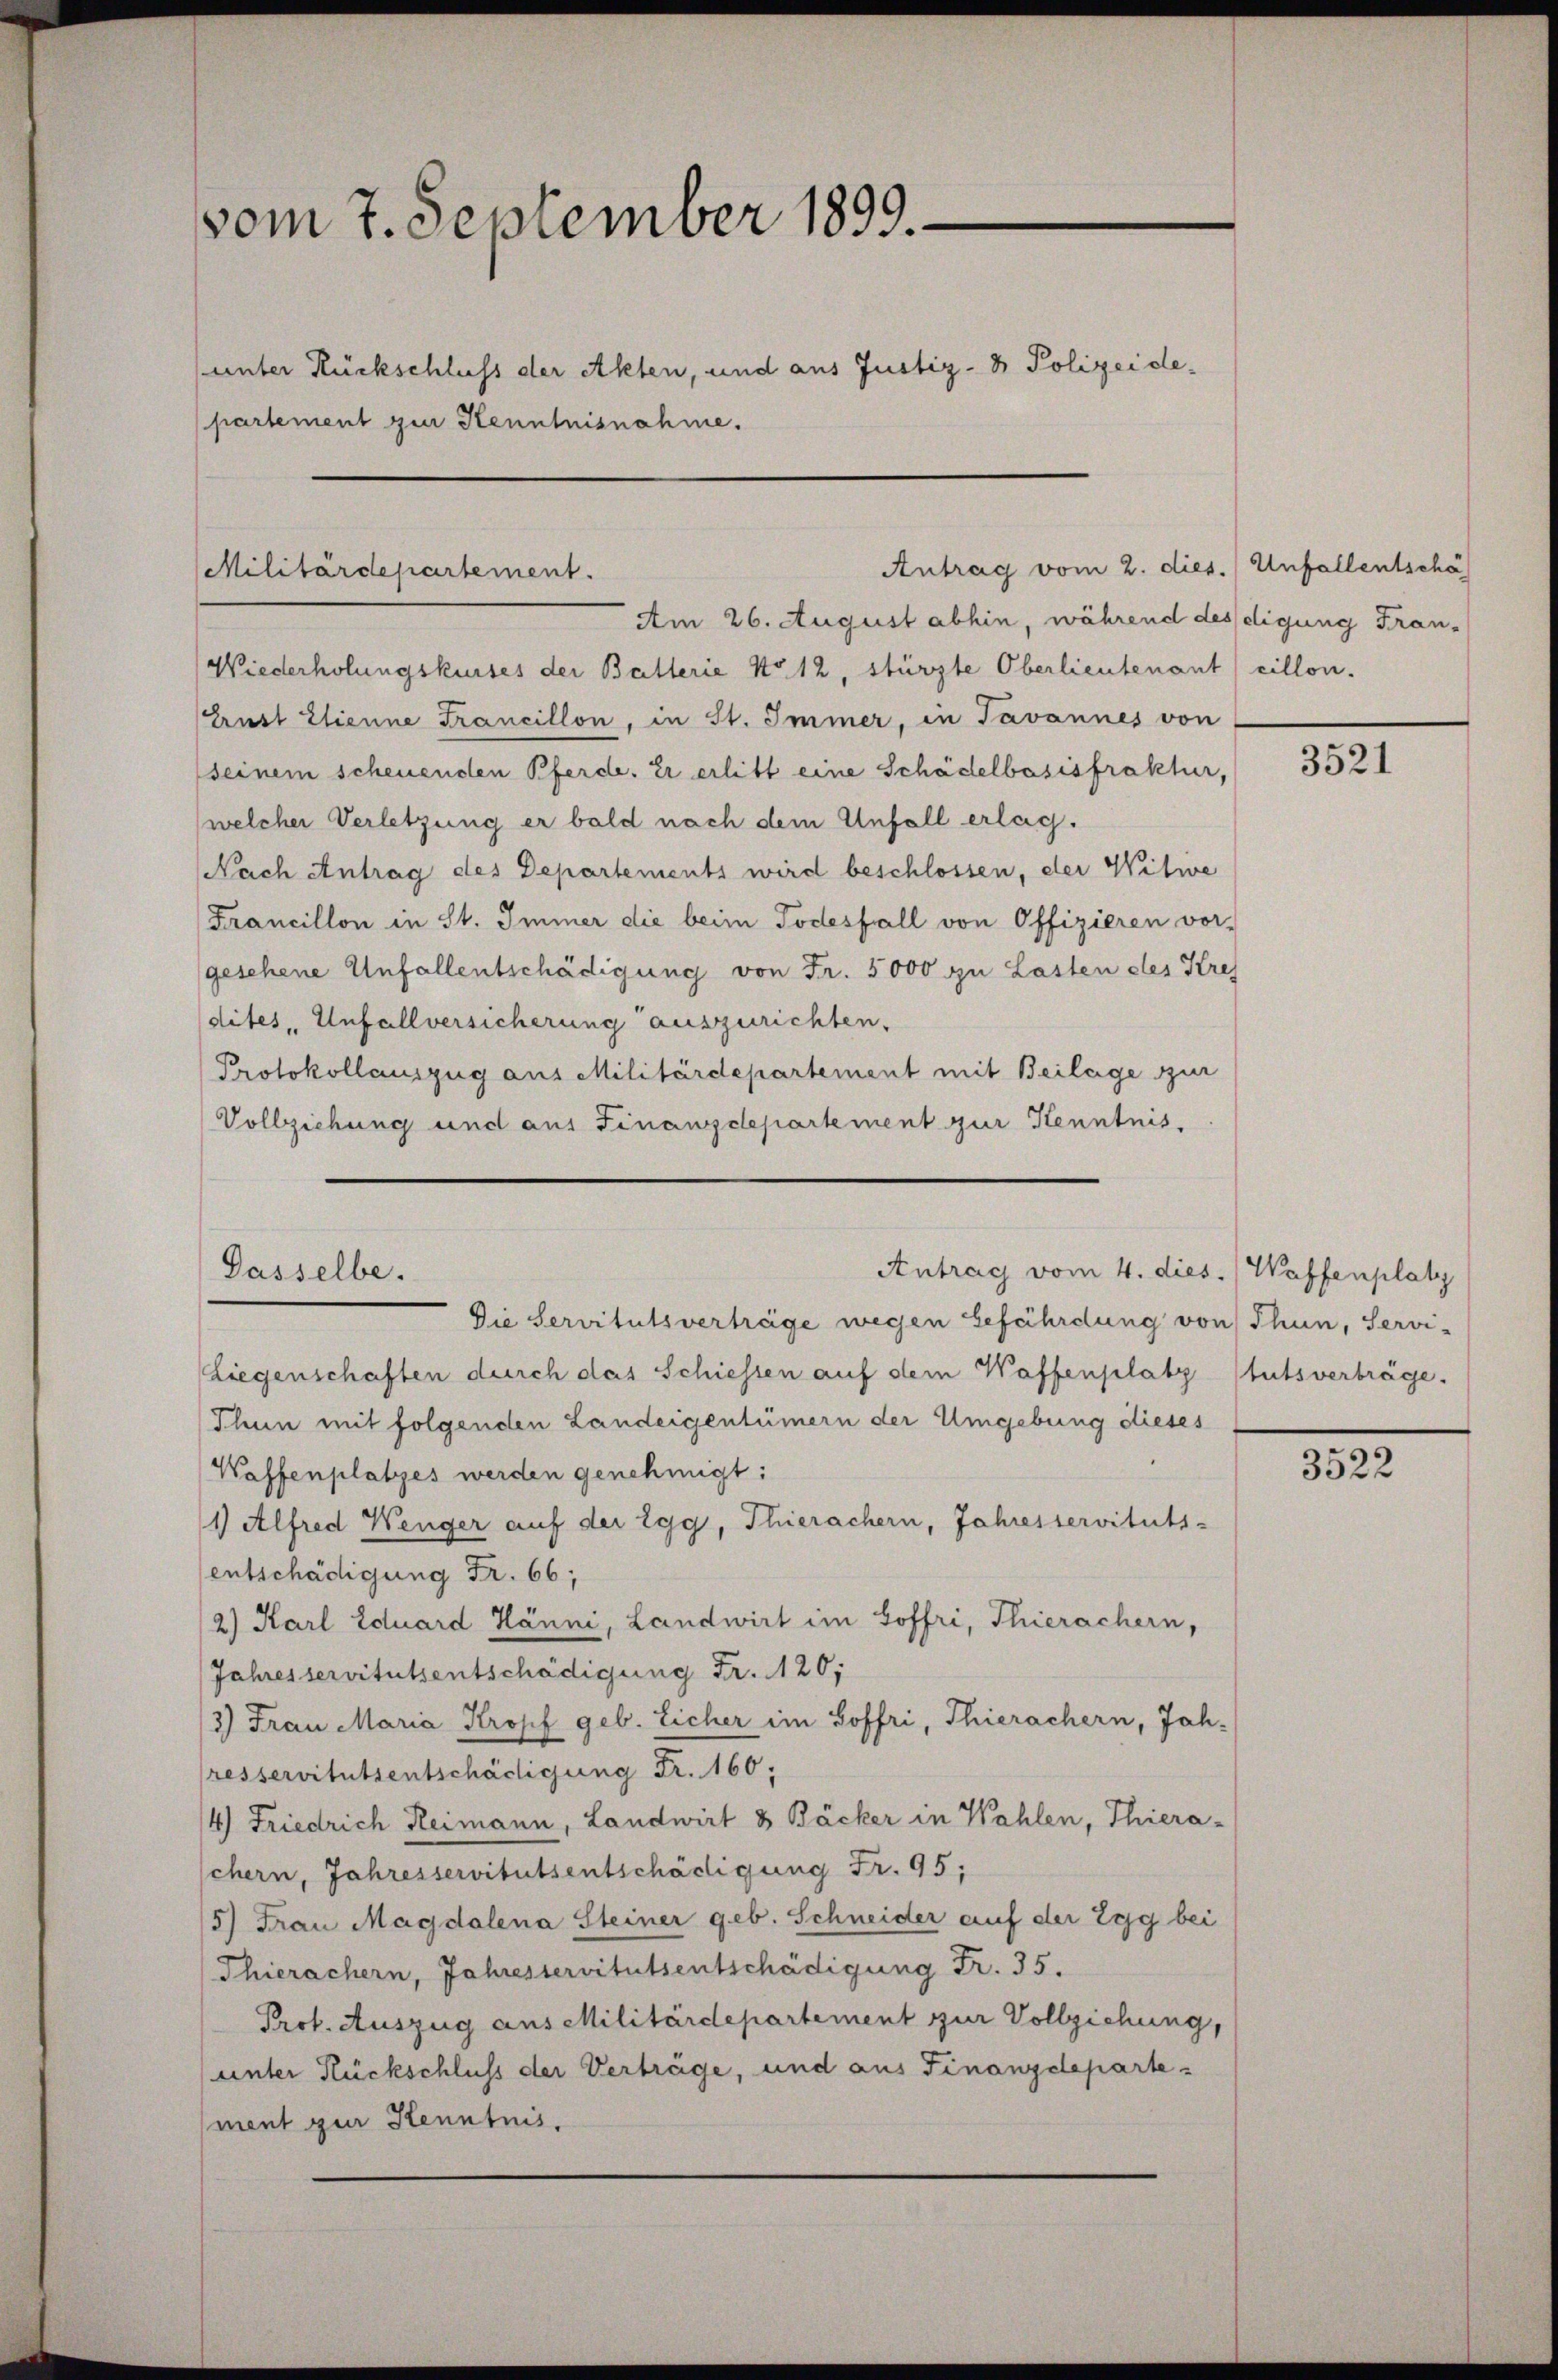
vom 7. September 1899.
unter Rückschluss der Akten, und aus Justiz- & Polizeidepartement zur Kenntnisnahme.

Militärdepartement.

Antrag vom 2. dies. Unfallentschä

Am 26. August abhin, während des digung Fran-
Wiederholungskurses der Batterie No 12, stürzte Oberlieutenant cillon.
Zeit Elienne Francillon, in St. Immer, in Javannes von
seinem scheuenden Pferde. Er erlitt eine Schädelbosisfraktur,
(welcher Verletzung er bald nach dem Unfall erlag.
Nach Antrag des Departements wird beschlossen, der Witwe
Francillon in St. Immer die beim Todesfall von Offizieren vor-
gesehene Unfallentschädigung von Fr. 5000 zu Lasten des Kres
dites, Unfallversicherung auszurichten.
Protokollauszug aus Militärdepartement mit Beilage zur
Vollziehung und aus Finanzdepartement zur Kenntnis,

Antrag vom 4. dies. Waffenplatz
Gasselbe.

Die Servitutsverträge wegen Gefährdung von Thun, Servi-
(Liegenschaften durch das Schiessen auf dem Waffenplatz stutsverträge.
Thun mit folgenden Landeigentümern der Umgebung dieses
Waffenplatzes werden genehmigt:
1) Alfred Wenger auf der Egg, Thierachern, Jahresservituts-
entschädigung Fr. 66;
2) Karl Eduard Hänni, Landwirt im Hoffri, Thierachern,
Jahresservitutsentschädigung Fr. 120;
3) Frau Maria Kropf geb. Eicher im Soffri, Thierachern, Jah-
resservitutsentschädigung Fr. 160;
14) Friedrich Heimann, Landwirt & Bäcker in Wahlen, Thiera-
chern, Jahresservitutsentschädigung Fr. 95;
5) Frau Magdalena Steiner geb. Schneider auf der Egg bei
Thierachern, Jahresservitutsentschädigung Fr. 35.
Prot. Auszug aus Militärdepartement zur Vollziehung,
unter Rückschluss der Verträge, und aus Finanzdepartement zur Kenntnis.

3521

3522